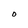
Character: O